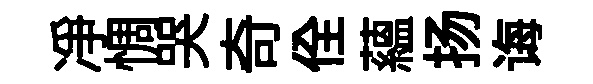
净惆哭奇佺藴扬诲